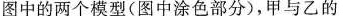
图中的两个模型(图中涂色部分)，甲与乙的